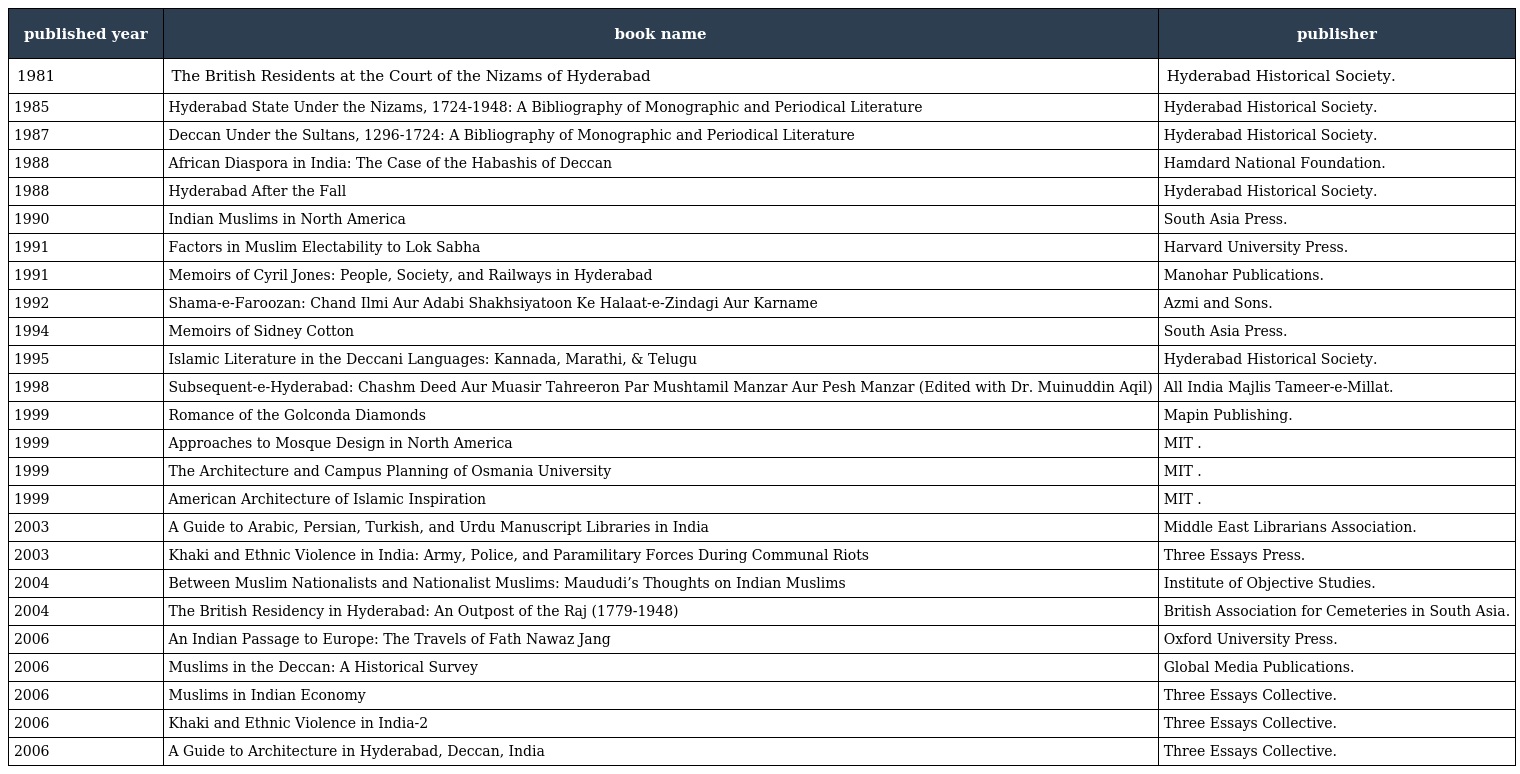
| published year | book name | publisher |
 | --- | --- | --- |
 | 1981 | The British Residents at the Court of the Nizams of Hyderabad | Hyderabad Historical Society. |
 | 1985 | Hyderabad State Under the Nizams, 1724-1948: A Bibliography of Monographic and Periodical Literature | Hyderabad Historical Society. |
 | 1987 | Deccan Under the Sultans, 1296-1724: A Bibliography of Monographic and Periodical Literature | Hyderabad Historical Society. |
 | 1988 | African Diaspora in India: The Case of the Habashis of Deccan | Hamdard National Foundation. |
 | 1988 | Hyderabad After the Fall | Hyderabad Historical Society. |
 | 1990 | Indian Muslims in North America | South Asia Press. |
 | 1991 | Factors in Muslim Electability to Lok Sabha | Harvard University Press. |
 | 1991 | Memoirs of Cyril Jones: People, Society, and Railways in Hyderabad | Manohar Publications. |
 | 1992 | Shama-e-Faroozan: Chand Ilmi Aur Adabi Shakhsiyatoon Ke Halaat-e-Zindagi Aur Karname | Azmi and Sons. |
 | 1994 | Memoirs of Sidney Cotton | South Asia Press. |
 | 1995 | Islamic Literature in the Deccani Languages: Kannada, Marathi, & Telugu | Hyderabad Historical Society. |
 | 1998 | Subsequent-e-Hyderabad: Chashm Deed Aur Muasir Tahreeron Par Mushtamil Manzar Aur Pesh Manzar (Edited with Dr. Muinuddin Aqil) | All India Majlis Tameer-e-Millat. |
 | 1999 | Romance of the Golconda Diamonds | Mapin Publishing. |
 | 1999 | Approaches to Mosque Design in North America | MIT . |
 | 1999 | The Architecture and Campus Planning of Osmania University | MIT . |
 | 1999 | American Architecture of Islamic Inspiration | MIT . |
 | 2003 | A Guide to Arabic, Persian, Turkish, and Urdu Manuscript Libraries in India | Middle East Librarians Association. |
 | 2003 | Khaki and Ethnic Violence in India: Army, Police, and Paramilitary Forces During Communal Riots | Three Essays Press. |
 | 2004 | Between Muslim Nationalists and Nationalist Muslims: Maududi’s Thoughts on Indian Muslims | Institute of Objective Studies. |
 | 2004 | The British Residency in Hyderabad: An Outpost of the Raj (1779-1948) | British Association for Cemeteries in South Asia. |
 | 2006 | An Indian Passage to Europe: The Travels of Fath Nawaz Jang | Oxford University Press. |
 | 2006 | Muslims in the Deccan: A Historical Survey | Global Media Publications. |
 | 2006 | Muslims in Indian Economy | Three Essays Collective. |
 | 2006 | Khaki and Ethnic Violence in India-2 | Three Essays Collective. |
 | 2006 | A Guide to Architecture in Hyderabad, Deccan, India | Three Essays Collective. |